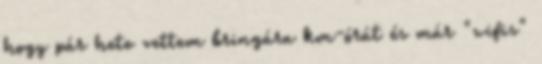
hogy pár hete vettem bringára km-órát és már "wifis"